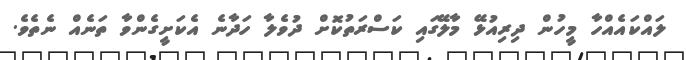
ލައްކައެއްހާ މީހުން ދިރިއުޅޭ މާލޭގައި ކަސްރަތުކޮށް ދުވެލާ ހަދާނެ އެކަށީގެންވާ ތަނެއް ނެތެވެ.